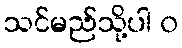
သင်မည်သို့ပါ ၀